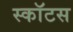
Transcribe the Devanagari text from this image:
स्काॅटस